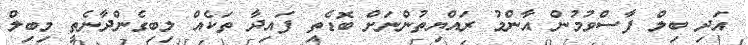
އަދި ބިލް ފާސްވުމުން އާންމު ރައްޔިތުންނަށް ބޮޑެތި ފައިދާ ތަކެއް ލިބިގެންދާނެތީ މިބިލް